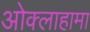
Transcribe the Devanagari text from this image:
ओक्लाहामा